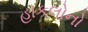
હાકલોનો